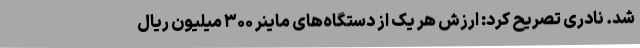
شد. نادری تصریح کرد: ارزش هر یک از دستگاه‌های ماینر ۳۰۰ میلیون ریال